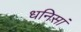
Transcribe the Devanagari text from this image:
धनिसां